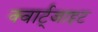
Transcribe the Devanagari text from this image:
क्वार्ट्जाइट